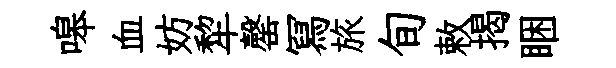
嗥血妨犂罄冩旅旬敕揭睏